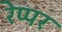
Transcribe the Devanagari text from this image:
रेप्पर